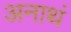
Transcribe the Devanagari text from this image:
अनाथं